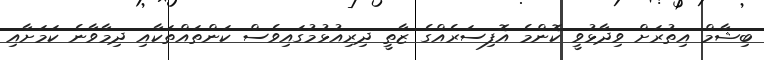
ބިޝާމް އިތުރަށް ވިދާޅުވީ ކޮންމެ އޮފިސަރެއްގެ ޒާތީ ދިރިއުޅުމުގައިވެސް ކަންތައްތަކާއި ދިމާވާނެ ކަމަށާއި